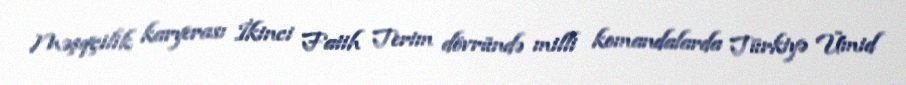
Məşqçilik karyerası İkinci Fatih Terim dövründə milli komandalarda Türkiyə Ümid